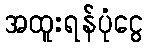
အထူးရန်ပုံငွေ